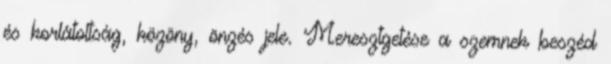
és korlátoltság, közöny, önzés jele. Meresztgetése a szemnek beszéd